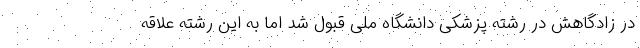
در زادگاهش در رشته پزشکی دانشگاه ملی قبول شد اما به این رشته علاقه